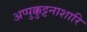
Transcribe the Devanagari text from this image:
अप्पुक्कुट्टनाशारि